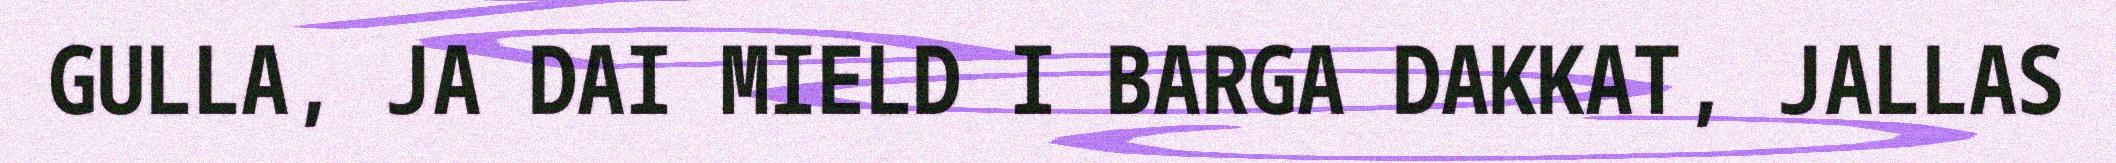
GULLA, JA DAI MIELD I BARGA DAKKAT, JALLAS